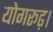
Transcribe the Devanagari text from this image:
योगरूढ़।